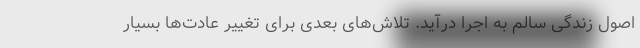
اصول زندگی سالم به اجرا درآید. تلاش‌های بعدی برای تغییر عادت‌ها بسیار